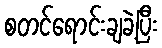
စတင်ရောင်းချခဲ့ပြီး